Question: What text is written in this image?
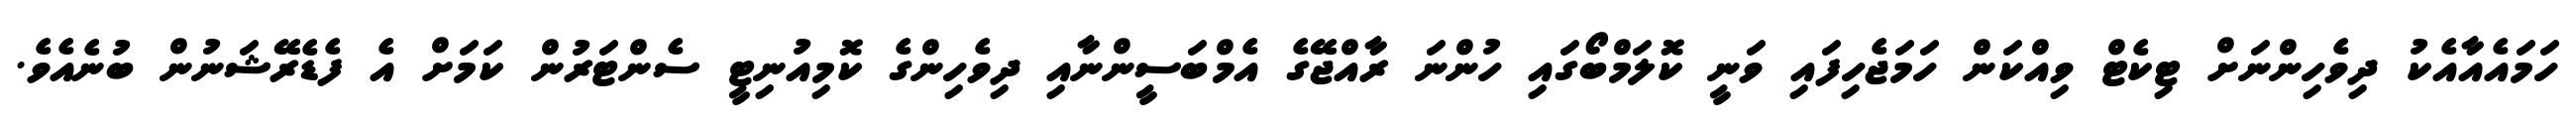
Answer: ހަމައެއާއެކު ދިވެހިންނަށް ޓިކެޓް ވިއްކަން ހަމަޖެހިފައި ވަނީ ކޮލަމްބޯގައި ހުންނަ ރާއްޖޭގެ އެމްބަސީންނާއި ދިވެހިންގެ ކޮމިއުނިޓީ ސެންޓަރުން ކަމަށް އެ ފެޑެރޭޝަނުން ބުނެއެވެ.